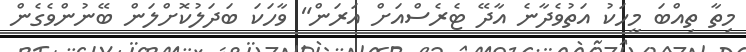
މިތާ ތިއްބަ މީހަކު އަތުވެދާނެ އާދޭ ޓެރެސްއަށް އަރަން" ވާހަކަ ބަދަލުކޮށްލަން ބޭނުންވެގެން